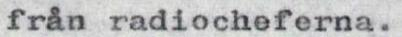
från radiocheferna.